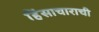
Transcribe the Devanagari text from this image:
हिंसाचाराची